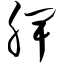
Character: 脾